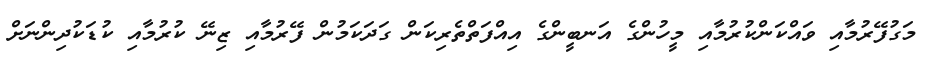
މަގުފޭރުމާއި ވައްކަންކުރުމާއި މީހުންގެ އަނބީންގެ އިއްފަތްތެރިކަން ގަދަކަމުން ފޭރުމާއި ޒިނޭ ކުރުމާއި ކުޑަކުދިންނަށް